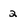
Character: 2